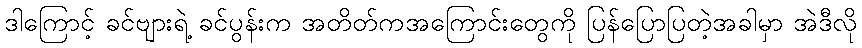
ဒါကြောင့် ခင်ဗျားရဲ့ ခင်ပွန်းက အတိတ်ကအကြောင်းတွေကို ပြန်ပြောပြတဲ့အခါမှာ အဲဒီလို